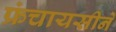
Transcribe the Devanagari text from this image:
फ्रंचायसीने